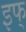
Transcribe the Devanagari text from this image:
इफ्